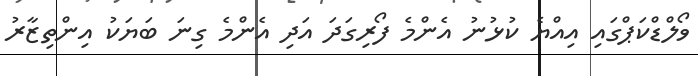
ވޯލްޑްކަޕްގައި އިއްޔެ ކުޅުނު އެންމެ ފޯރިގަދަ އަދި އެންމެ ގިނަ ބަޔަކު އިންތިޒާރު